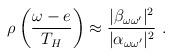
LaTeX: \begin{align*}\rho\left(\frac{\omega - e}{T_H}\right)\approx{|\beta_{\omega \omega'}|^2 \over |\alpha_{\omega \omega'}|^2}~.\end{align*}